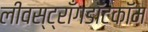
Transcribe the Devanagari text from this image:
लीवस्ट्राँगडॉटकॉम